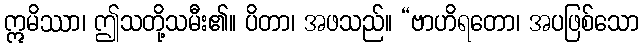
ဣမိဿာ၊ ဤသတို့သမီး၏။ ပိတာ၊ အဖသည်။ “ဗာဟိရတော၊ အပဖြစ်သော